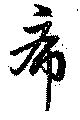
希